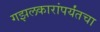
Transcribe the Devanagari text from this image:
गझलकारांपर्यंतचा